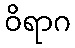
ဝိရာဂ